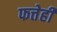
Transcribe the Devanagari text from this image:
फत्तेही